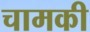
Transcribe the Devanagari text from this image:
चामकी